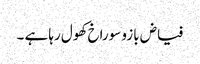
فیاض بازو سوراخ کھول رہا ہے ۔